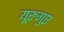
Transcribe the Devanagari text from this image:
यूरुगुए